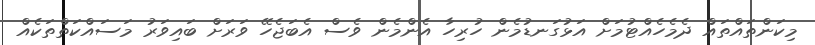
މިކަންތައްތައް ދެމެހެއްޓުމަށް އަޅުގަނޑުމެން ހުރިހާ އެންމެން ވެސް އެބަޖެހޭ ވަރަށް ބައިވަރު މަސައްކަތްތަކެއް